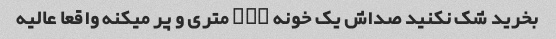
بخرید شک نکنید صداش یک خونه ۱۰۰ متری و پر میکنه واقعا عالیه